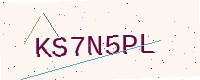
Text: KS7N5PL